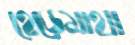
হেড়েমাথা